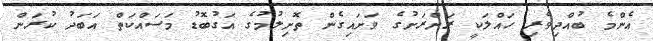
އެންމެ ބުއްދިވެރި ހައްލަކީ ރަށްރަށުގެ ވަށައިގެން ތޮށިލުމުގެ އަގުބޮޑު މަސައްކަތް އަބަދު ކުރަން